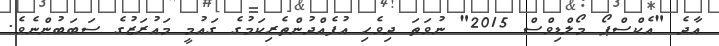
އާދެ "އެކްސްޕޯ މޯލްޑިވްސް 2015" ނުވަތަ ދިވެހި އުފެއްދުންތެރިކަމުގެ ގައުމީ މައުރަޒުގެ ސަބަބުންނެވެ.